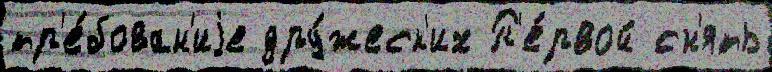
тр'е́бован'иjе дру́жеск'их П'е́рвой сн'ять